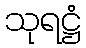
သုရဋ္ဌံ